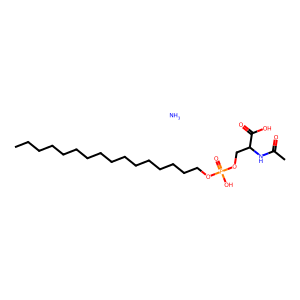
SMILES: CCCCCCCCCCCCCCCCOP(=O)(O)OCC(NC(C)=O)C(=O)O.N
Inhibits HIV replication: No